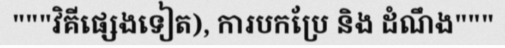
"""វិគីផ្សេងទៀត), ការបកប្រែ និង ដំណឹង"""